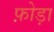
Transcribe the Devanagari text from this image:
फ़ोड़ा